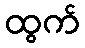
ထွက်